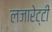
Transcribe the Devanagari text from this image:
लजारेट्टी